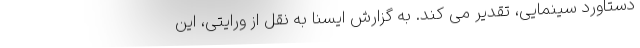
دستاورد سینمایی، تقدیر می کند. به گزارش ایسنا به نقل از ورایتی، این